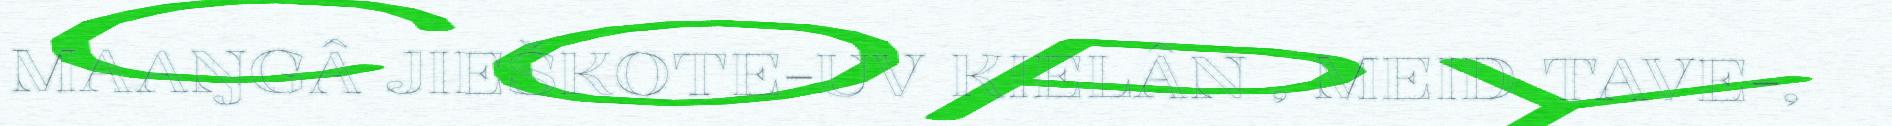
MAAŊGÂ JIEŠKOTE-UV KIELÂN , MEID TAVE-,